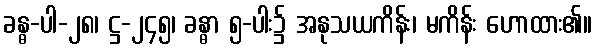
ခန္ဓ-ပါ-၂၈၊ ဋ္ဌ-၂၄၅၊ ခန္ဓာ ၅-ပါး၌ အနုသယကိန်း၊ မကိန်း ဟောထား၏။